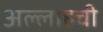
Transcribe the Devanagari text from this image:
अल्लाहची